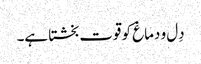
دِل و دماغ کو قوت بخشتا ہے۔